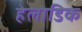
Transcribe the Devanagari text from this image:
हेलाडिक